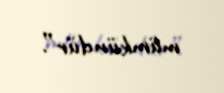
mümkündür”.